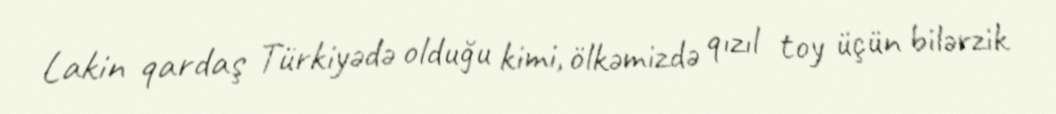
Lakin qardaş Türkiyədə olduğu kimi, ölkəmizdə qızıl toy üçün bilərzik